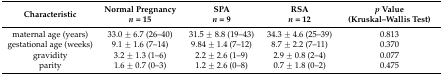
| Characteristic | Normal Pregnancy n = 15 | SPA n = 9 | RSA n = 12 | p Value (Kruskal–Wallis Test) |
 | --- | --- | --- | --- | --- |
 | maternal age (years) | 33.0 ± 6.7 (26–40) | 31.5 ± 8.8 (19–43) | 34.3 ± 4.6 (25–39) | 0.813 |
 | gestational age (weeks) | 9.1 ± 1.6 (7–14) | 9.84 ± 1.4 (7–12) | 8.7 ± 2.2 (7–11) | 0.370 |
 | gravidity | 3.2 ± 1.3 (1–6) | 2.2 ± 2.6 (1–9) | 2.9 ± 0.8 (2–4) | 0.077 |
 | parity | 1.6 ± 0.7 (0–3) | 1.2 ± 2.6 (0–8) | 0.7 ± 1.8 (0–2) | 0.475 |